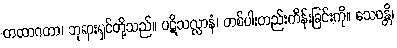
တထာဂတာ၊ ဘုရားရှင်တို့သည်။ ပဋိသလ္လာနံ၊ တစ်ပါးတည်းကိန်းခြင်းကို။ သေဝန္တိ၊